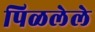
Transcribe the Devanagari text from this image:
पिळलेले